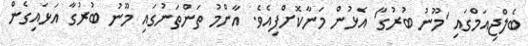
ބެލްޖިއަމްގައި 'މޫނު ބުރުގާ' އެޅުން މަނާކޮށްފިއެވެ. އާންމު ތަންތަނުގައި މޫނު ބުރުގާ އަޅައިގެން